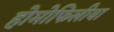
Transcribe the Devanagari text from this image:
होमोफिलीया